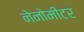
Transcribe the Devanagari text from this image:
नेनोमीटर